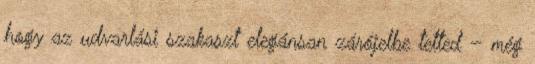
hogy az udvarlási szakaszt elegánsan zárójelbe tetted – még